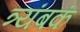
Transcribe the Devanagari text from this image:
त्र्यंबकं